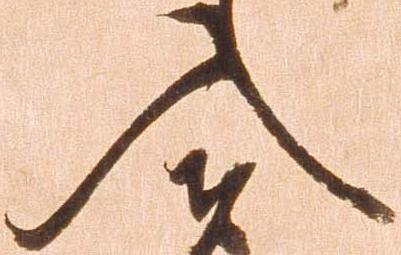
入